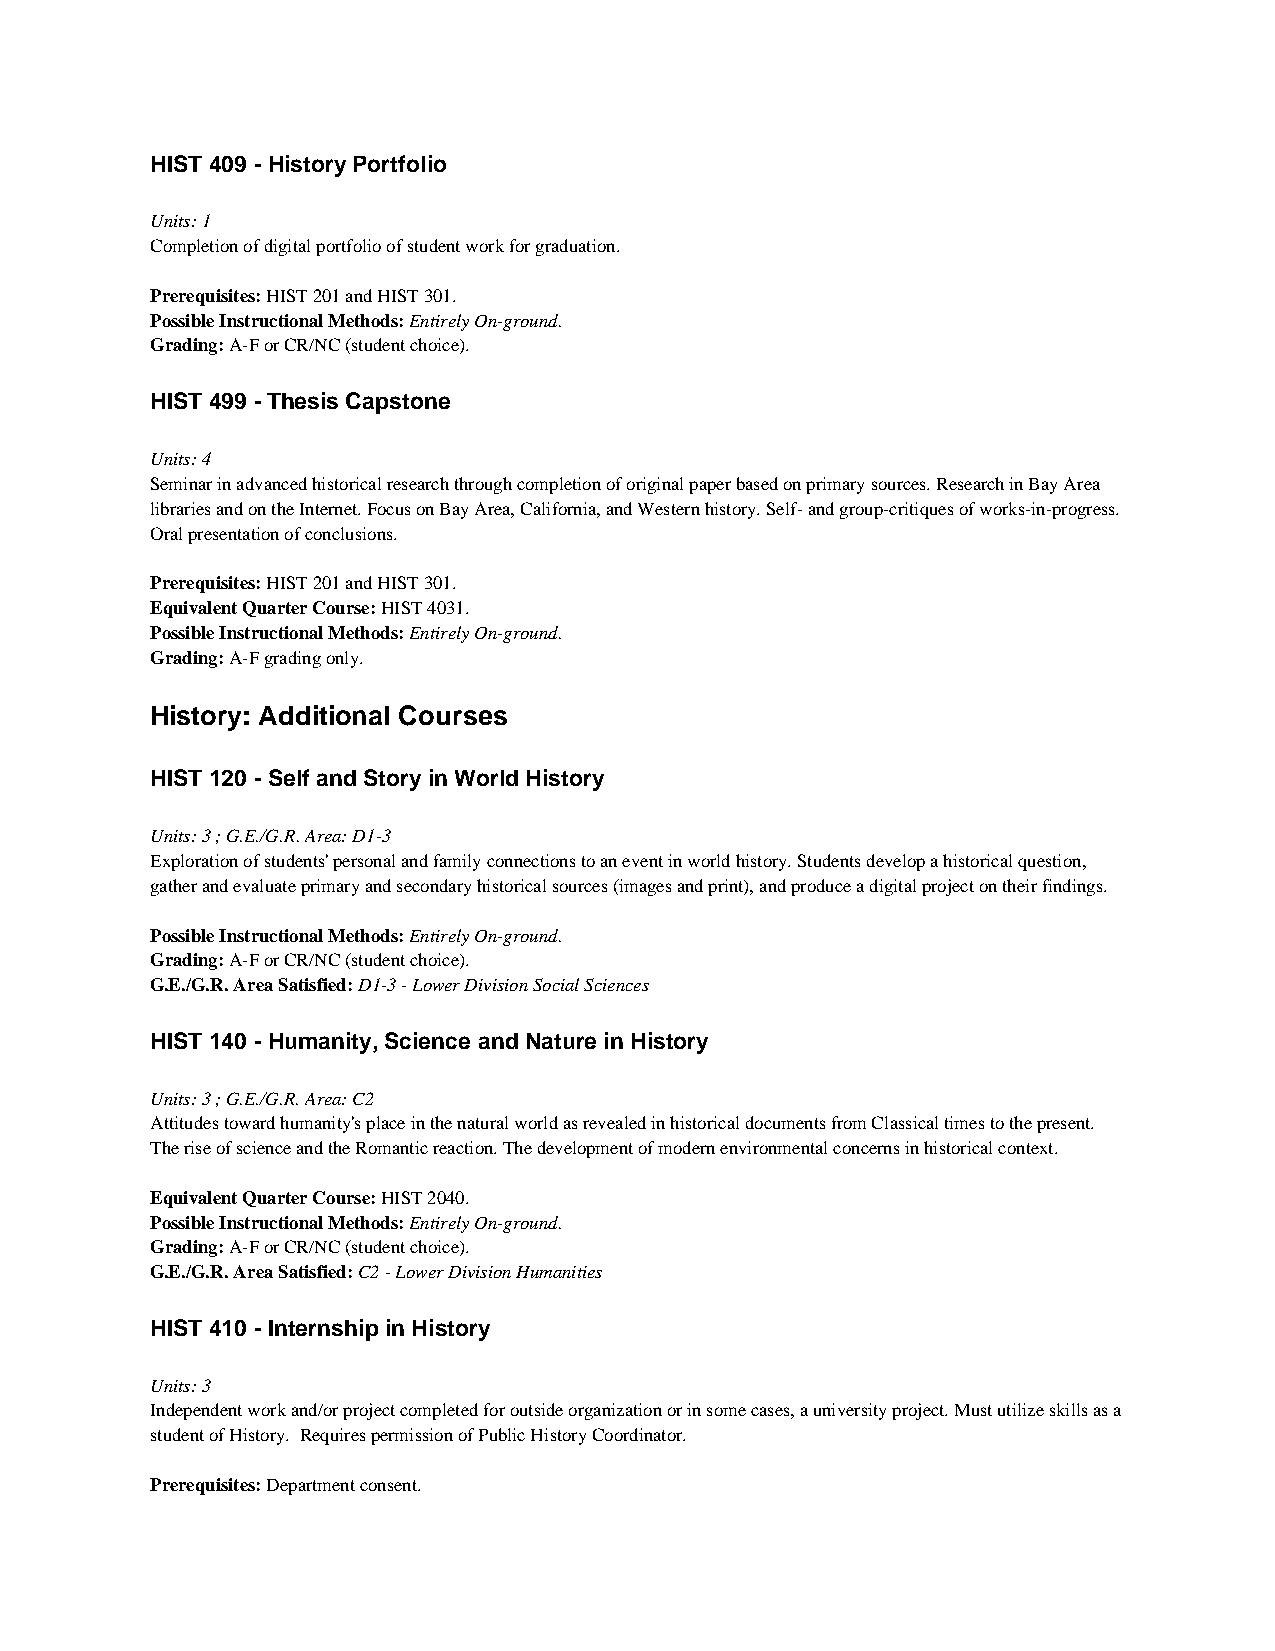
HIST 409 - History Portfolio
 Units: 1
 Completion of digital portfolio of student work for graduation.
 Prerequisites: HIST 201 and HIST 301.
 Possible Instructional Methods: Entirely On-ground.
 Grading: A-F or CR/NC (student choice).
 HIST 499 - Thesis Capstone
 Units: 4
 Seminar in advanced historical research through completion of original paper based on primary sources. Research in Bay Area
 libraries and on the Internet. Focus on Bay Area, California, and Western history. Self- and group-critiques of works-in-progress.
 Oral presentation of conclusions.
 Prerequisites: HIST 201 and HIST 301.
 Equivalent Quarter Course: HIST 4031.
 Possible Instructional Methods: Entirely On-ground.
 Grading: A-F grading only.
 History: Additional Courses
 HIST 120 - Self and Story in World History
 Units: 3 ; G.E./G.R. Area: D1-3
 Exploration of students' personal and family connections to an event in world history. Students develop a historical question,
 gather and evaluate primary and secondary historical sources (images and print), and produce a digital project on their findings.
 Possible Instructional Methods: Entirely On-ground.
 Grading: A-F or CR/NC (student choice).
 G.E./G.R. Area Satisfied: D1-3 - Lower Division Social Sciences
 HIST 140 - Humanity, Science and Nature in History
 Units: 3 ; G.E./G.R. Area: C2
 Attitudes toward humanity's place in the natural world as revealed in historical documents from Classical times to the present.
 The rise of science and the Romantic reaction. The development of modern environmental concerns in historical context.
 Equivalent Quarter Course: HIST 2040.
 Possible Instructional Methods: Entirely On-ground.
 Grading: A-F or CR/NC (student choice).
 G.E./G.R. Area Satisfied: C2 - Lower Division Humanities
 HIST 410 - Internship in History
 Units: 3
 Independent work and/or project completed for outside organization or in some cases, a university project. Must utilize skills as a
 student of History. Requires permission of Public History Coordinator.
 Prerequisites: Department consent.